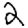
Digit: 2